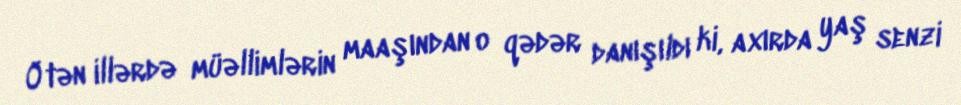
Ötən illərdə müəllimlərin maaşından o qədər danışıldı ki, axırda yaş senzi